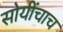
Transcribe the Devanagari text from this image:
सोयींचाच